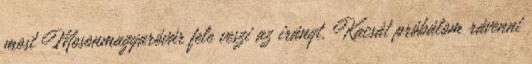
most Mosonmagyaróvár fele veszi az irányt. Kacsát próbálom rávenni